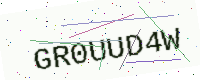
Text: GR0UUD4W